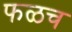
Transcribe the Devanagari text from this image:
फळच